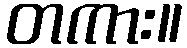
တကား။